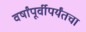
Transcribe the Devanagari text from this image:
वर्षांपूर्वीपर्यंतचा